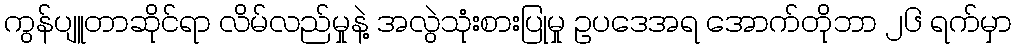
ကွန်ပျူတာဆိုင်ရာ လိမ်လည်မှုနဲ့ အလွဲသုံးစားပြုမှု ဥပဒေအရ အောက်တိုဘာ ၂၆ ရက်မှာ